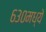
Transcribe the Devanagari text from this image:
६३०मध्ये